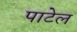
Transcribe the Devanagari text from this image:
पाटेल